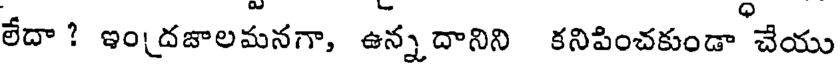
లేదా ? ఇం(దజాలమనగా, ఉన్న దానిని కనిపించకుండా చేయు